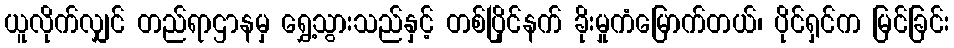
ယူလိုက်လျှင် တည်ရာဌာနမှ ရွှေ့သွားသည်နှင့် တစ်ပြိုင်နက် ခိုးမှုကံမြောက်တယ်၊ ပိုင်ရှင်က မြင်ခြင်း